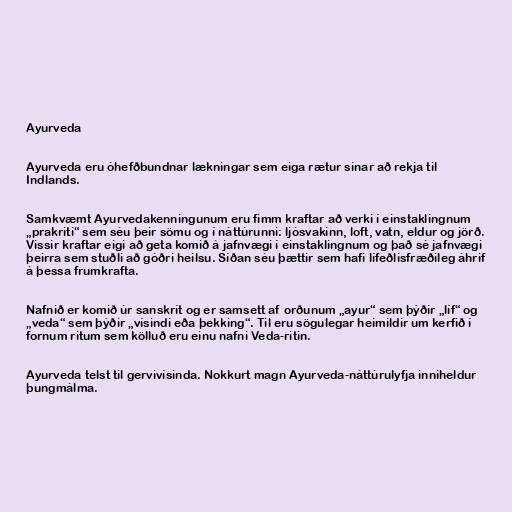
Ayurveda

Ayurveda eru óhefðbundnar lækningar sem eiga rætur sínar að rekja til
Indlands.

Samkvæmt Ayurvedakenningunum eru fimm kraftar að verki í einstaklingnum
„prakriti“ sem séu þeir sömu og í náttúrunni: ljósvakinn, loft, vatn, eldur og jörð.
Vissir kraftar eigi að geta komið á jafnvægi í einstaklingnum og það sé jafnvægi
þeirra sem stuðli að góðri heilsu. Síðan séu þættir sem hafi lífeðlisfræðileg áhrif
á þessa frumkrafta.

Nafnið er komið úr sanskrít og er samsett af orðunum „ayur“ sem þýðir „líf“ og
„veda“ sem þýðir „vísindi eða þekking“. Til eru sögulegar heimildir um kerfið í
fornum ritum sem kölluð eru einu nafni Veda-ritin.

Ayurveda telst til gervivísinda. Nokkurt magn Ayurveda-náttúrulyfja inniheldur
þungmálma.